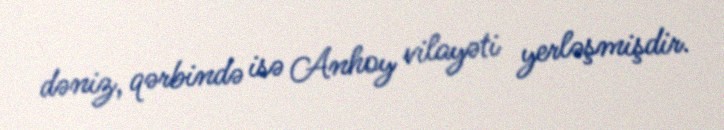
dəniz, qərbində isə Anhoy vilayəti yerləşmişdir.